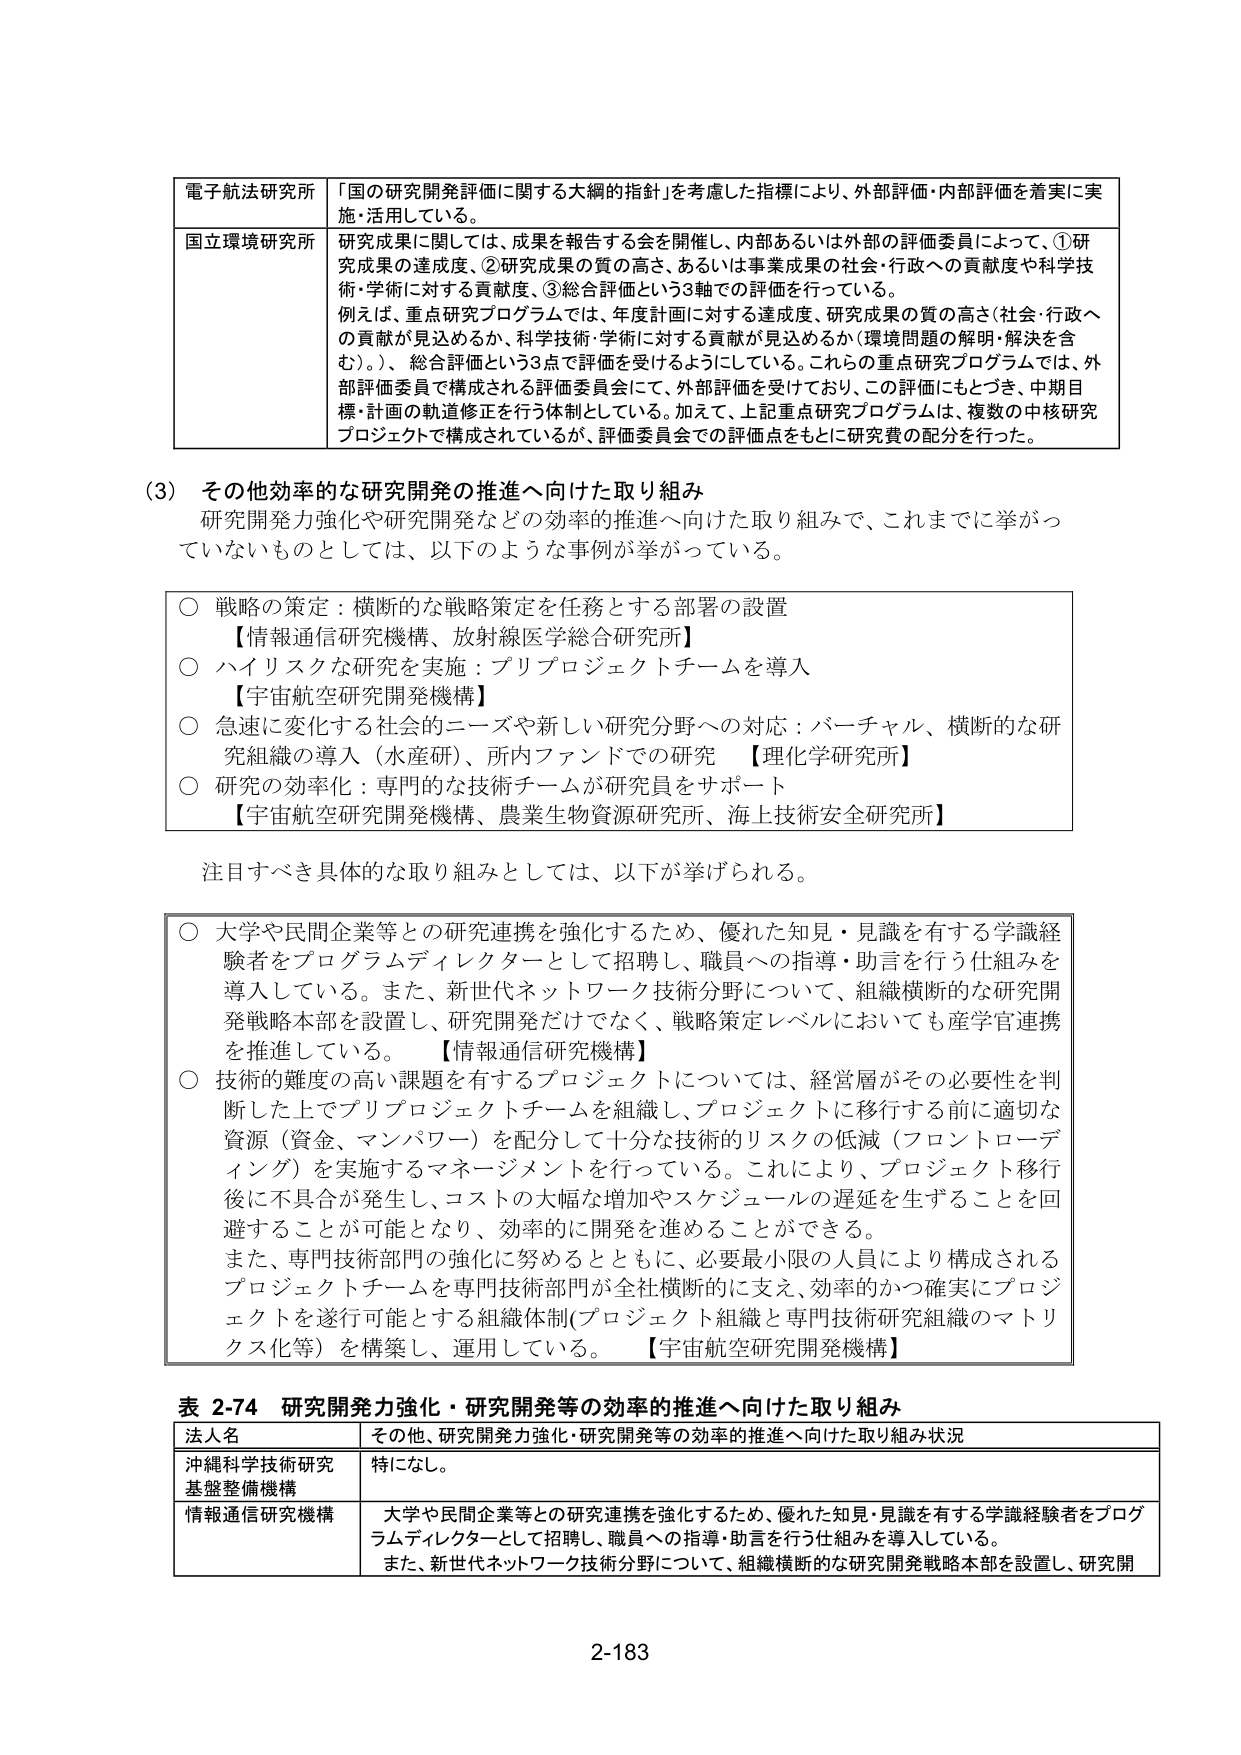
電子航法研究所 「国の研究開発評価に関する大綱的指針」を考慮した指標により、外部評価・内部評価を着実に実施・活用している。

国立環境研究所 研究成果に関しては、成果を報告する会を開催し、内部あるいは外部の評価委員によって、①研究成果の達成度、②研究成果の質の高さ、あるいは事業成果の社会・行政への貢献度や科学技術・学術に対する貢献度、③総合評価という3軸での評価を行っている。例えば、重点研究プログラムでは、年度計画に対する達成度、研究成果の質の高さ（社会・行政への貢献が見込めるか、科学技術・学術に対する貢献が見込めるか（環境問題の解明・解決を含む）。）、総合評価という3点で評価を受けるようにしている。これらの重点研究プログラムでは、外部評価委員で構成される評価委員会にて、外部評価を受けており、この評価にもとづき、中期目標・計画の軌道修正を行う体制としている。加えて、上記重点研究プログラムは、複数の中核研究プロジェクトで構成されているが、評価委員会での評価点をもとに研究費の配分を行った。

（3）その他効率的な研究開発の推進へ向けた取り組み
研究開発力強化や研究開発などの効率的推進へ向けた取り組みで、これまでに挙がっていないものとしては、以下のような事例が挙がっている。

○ 戦略の策定：横断的な戦略策定を任務とする部署の設置
【情報通信研究機構、放射線医学総合研究所】
○ ハイリスクな研究を実施：プリプロジェクトチームを導入
【宇宙航空研究開発機構】
○ 急速に変化する社会的ニーズや新しい研究分野への対応：バーチャル、横断的な研究組織の導入（水産研）、所内ファンドでの研究 【理化学研究所】
○ 研究の効率化：専門的な技術チームが研究員をサポート
【宇宙航空研究開発機構、農業生物資源研究所、海上技術安全研究所】

注目すべき具体的な取り組みとしては、以下が挙げられる。

○ 大学や民間企業等との研究連携を強化するため、優れた知見・見識を有する学識経験者をプログラムディレクターとして招聘し、職員への指導・助言を行う仕組みを導入している。また、新世代ネットワーク技術分野について、組織横断的な研究開発戦略本部を設置し、研究開発だけでなく、戦略策定レベルにおいても産学官連携を推進している。【情報通信研究機構】
○ 技術的難度の高い課題を有するプロジェクトについては、経営層がその必要性を判断した上でプリプロジェクトチームを組織し、プロジェクトに移行する前に適切な資源（資金、マンパワー）を配分して十分な技術的リスクの低減（フロントローディング）を実施するマネージメントを行っている。これにより、プロジェクト移行後に不具合が発生し、コストの大幅な増加やスケジュールの遅延を生ずることを回避することが可能となり、効率的に開発を進めることができる。また、専門技術部門の強化に努めるとともに、必要最小限の人員により構成されるプロジェクトチームを専門技術部門が全社横断的に支え、効率的かつ確実にプロジェクトを遂行可能とする組織体制（プロジェクト組織と専門技術研究組織のマトリクス化等）を構築し、運用している。【宇宙航空研究開発機構】

表 2-74 研究開発力強化・研究開発等の効率的推進へ向けた取り組み
法人名 その他、研究開発力強化・研究開発等の効率的推進へ向けた取り組み状況
沖縄科学技術研究基盤整備機構 特になし。
情報通信研究機構 大学や民間企業等との研究連携を強化するため、優れた知見・見識を有する学識経験者をプログラムディレクターとして招聘し、職員への指導・助言を行う仕組みを導入している。また、新世代ネットワーク技術分野について、組織横断的な研究開発戦略本部を設置し、研究開

2-183